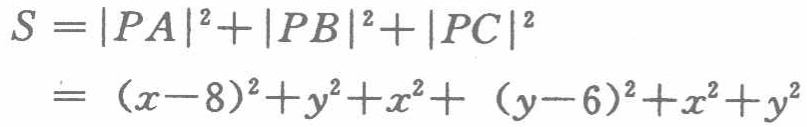
\[

\begin{align*}

S&=|PA|^{2}+|PB|^{2}+|PC|^{2}\\

&=(x - 8)^{2}+y^{2}+x^{2}+(y - 6)^{2}+x^{2}+y^{2}

\end{align*}

\]